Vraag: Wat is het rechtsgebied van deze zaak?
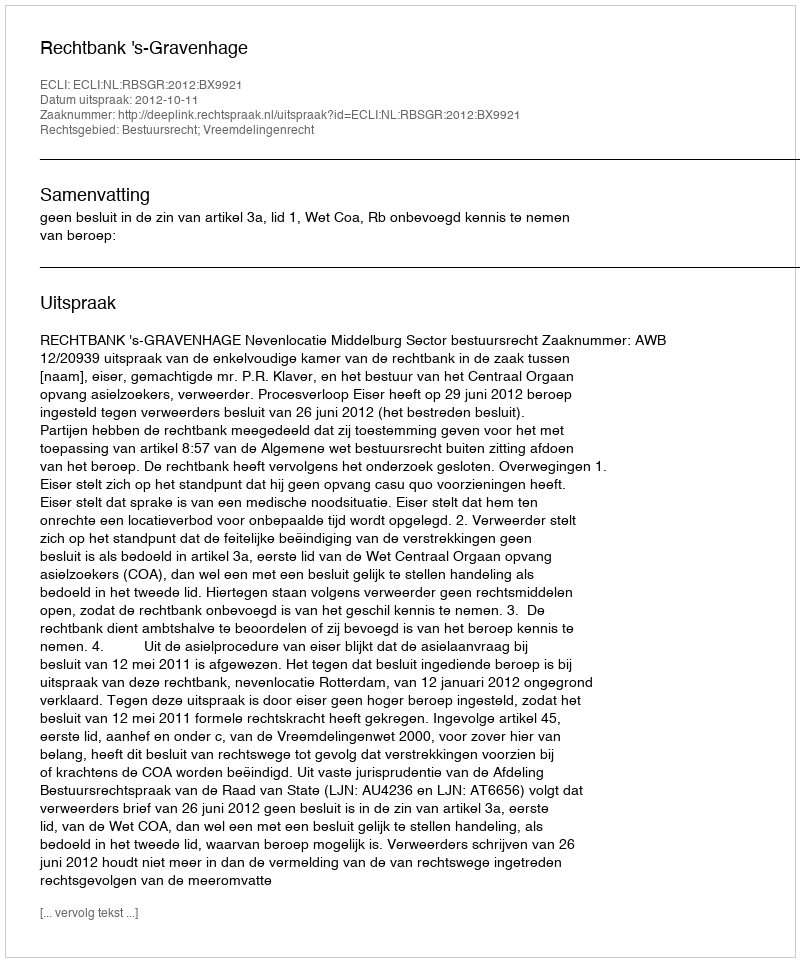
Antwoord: Bestuursrecht; Vreemdelingenrecht